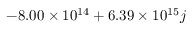
- 8 . 0 0 \times 1 0 ^ { 1 4 } + 6 . 3 9 \times 1 0 ^ { 1 5 } j